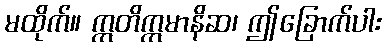
မထိုက်။ ဣတိဣမာနိဆ၊ ဤခြောက်ပါး